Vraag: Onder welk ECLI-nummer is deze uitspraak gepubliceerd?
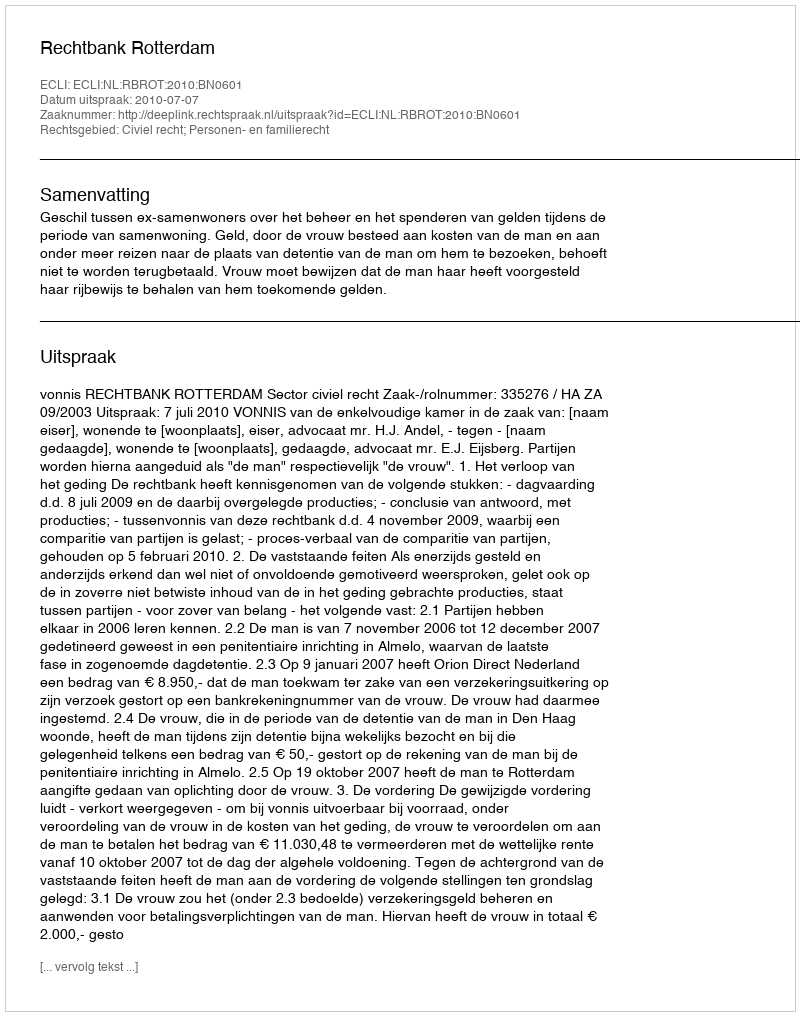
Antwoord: ECLI:NL:RBROT:2010:BN0601